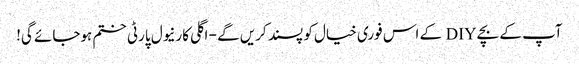
آپ کے بچے DIY کے اس فوری خیال کو پسند کریں گے - اگلی کارنیول پارٹی ختم ہوجائے گی!